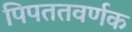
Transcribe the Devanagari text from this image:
पिपततवर्णक